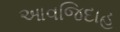
આવજિદાહ